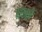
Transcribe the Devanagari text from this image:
नभलै